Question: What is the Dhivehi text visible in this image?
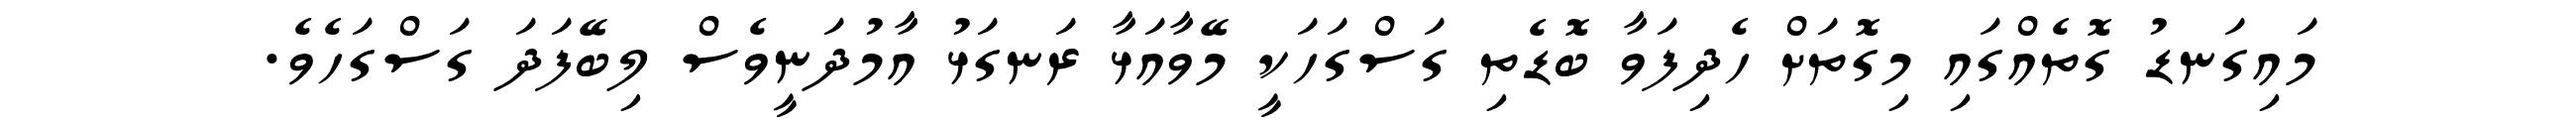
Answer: މައިގަނޑު ގޮތެއްގައި މިގޮތަށް ހެދިފަވާ ބޮޑެތި ގަސްގަހަކީ މޭވާއަޅާ ރަނގަޅު އާމުދަނީވެސް ލިބޭފަދަ ގަސްގަހެވެ.